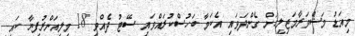
މިއަޑު މަޝްވަރާމަޖިލީހަށް ގެންދަވައި އެކަމާ ބަހުސްކުރައްވައި ސޭޓު ދެއްވި 18 މިލިއަންރުފިޔާ ކައި